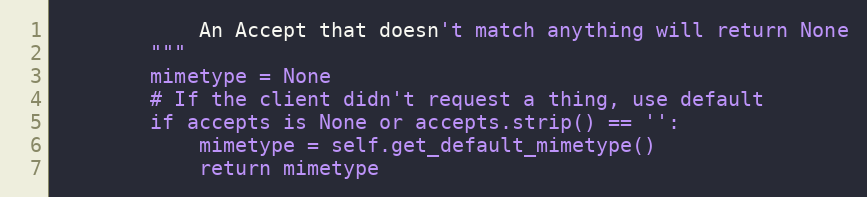
Language: Python
		    An Accept that doesn't match anything will return None
		"""
		mimetype = None
		# If the client didn't request a thing, use default
		if accepts is None or accepts.strip() == '':
			mimetype = self.get_default_mimetype()
			return mimetype